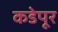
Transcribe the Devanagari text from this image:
कडेपूर